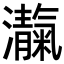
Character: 𪸃